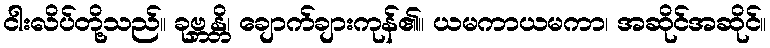
ငါးလိပ်တို့သည်။ ခုဗ္ဘန္တိ၊ ချောက်ချားကုန်၏။ ယမကာယမကာ၊ အဆိုင်အဆိုင်။